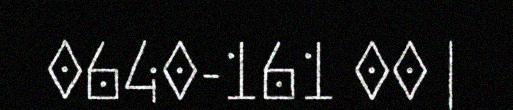
0640-161 00 |